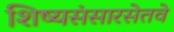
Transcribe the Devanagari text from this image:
शिष्यसंसारसेतवे